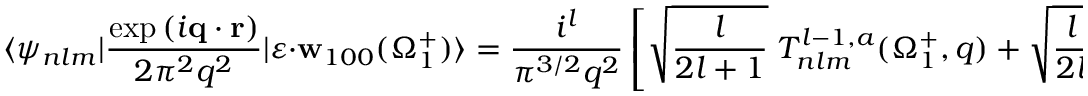
\langle \psi _ { n l m } | \frac { \exp { ( i \mathbf { q } \cdot \mathbf { r } ) } } { 2 \pi ^ { 2 } q ^ { 2 } } | \boldsymbol { \varepsilon } \cdot { \mathbf { w } } _ { 1 0 0 } ( \Omega _ { 1 } ^ { + } ) \rangle = \frac { i ^ { l } } { { \pi } ^ { 3 / 2 } q ^ { 2 } } \left[ \sqrt { \frac { l } { 2 l + 1 } } \; { \cal T } _ { n l m } ^ { l - 1 , a } ( \Omega _ { 1 } ^ { + } , q ) + \sqrt { \frac { l + 1 } { 2 l + 1 } } \; { \cal T } _ { n l m } ^ { l + 1 , a } ( \Omega _ { 1 } ^ { + } , q ) \right] ,